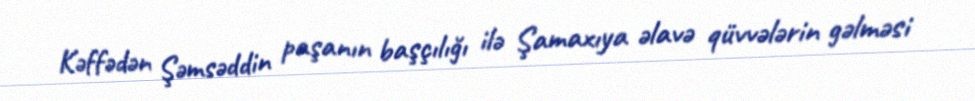
Kəffədən Şəmsəddin paşanın başçılığı ilə Şamaxıya əlavə qüvvələrin gəlməsi